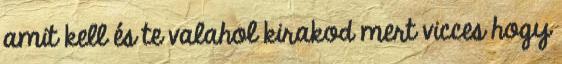
amit kell és te valahol kirakod mert vicces hogy